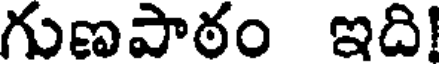
గుణపాఠం ఇది!